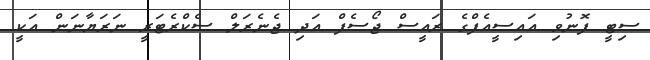
ސިޓީ ފޮނުވި އައިސީއެފްގެ ރައީސް ޖޯސެފް އަދި ޖެނެރަލް ސެކްރެޓަރީ ނަރަޔާނަން އަކީ